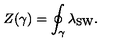
Z ( \gamma ) = \oint _ { \gamma } \lambda _ { \mathrm { S W } } .